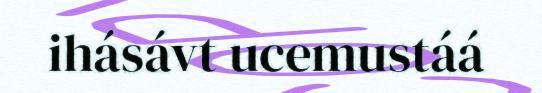
ihásávt ucemustáá